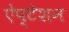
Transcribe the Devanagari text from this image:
ऐप्टेशन